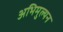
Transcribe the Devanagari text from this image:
अभिमुल्यन